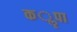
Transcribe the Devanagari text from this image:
कॣपा